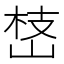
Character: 㟚